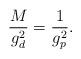
LaTeX: \begin{align*}\frac{M}{g^2_d} = \frac{1}{g^2_p} .\end{align*}